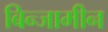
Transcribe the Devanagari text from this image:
बिन्जामीन